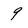
Character: 9